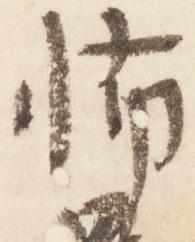
怖